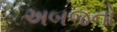
અબજનો